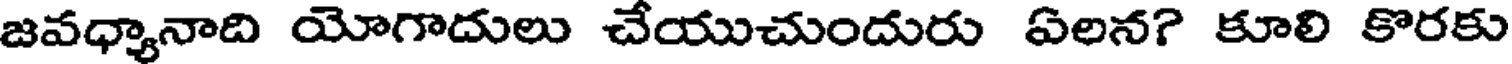
జవధ్యానాది యోగాదులు చేయుచుందురు ఏలన? కూలి కొరకు